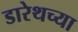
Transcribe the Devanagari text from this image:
डारेथच्या